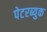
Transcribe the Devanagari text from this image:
पेटरब्युक